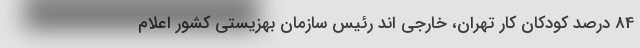
84 درصد کودکان کار تهران، خارجی اند رئیس سازمان بهزیستی کشور اعلام